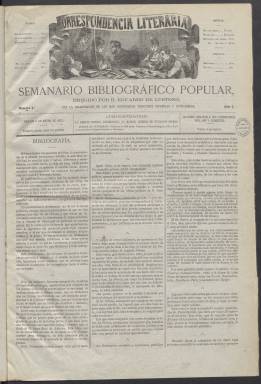
Título: Correspondencia literaria
Colección: Literatura
Ámbito geográfico: Madrid
Lugar de publicación: Madrid
Fechas: 06/01/1872-28/12/1872